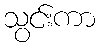
သွင်းကာ